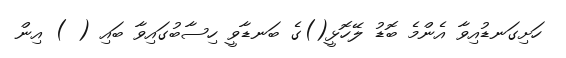
ހަށިގަނޑުއިވާ އެންމެ ބޮޑު ލޭހޮޅީ()ގެ ބަނޑާވީ ހިސާބުގައިވާ ބައި ( ) އިން